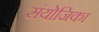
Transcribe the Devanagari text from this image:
संयोजिका